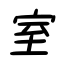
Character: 室